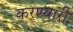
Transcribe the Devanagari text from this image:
करण्यारी